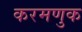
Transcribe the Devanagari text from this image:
करमणुक